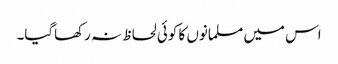
اس میں مسلمانوں کا کوئی لحاظ نہ رکھاگیا۔